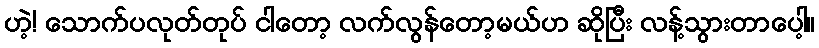
ဟဲ့! သောက်ပလုတ်တုပ် ငါတော့ လက်လွန်တော့မယ်ဟ ဆိုပြီး လန့်သွားတာပေါ့။